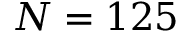
N = 1 2 5